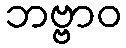
ဘဗ္ဗာဝ